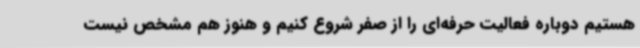
هستیم دوباره فعالیت حرفه‌ای را از صفر شروع کنیم و هنوز هم مشخص نیست